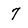
Character: 7